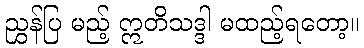
ညွှန်ပြ မည့် ဣတိသဒ္ဒါ မထည့်ရတော့။